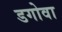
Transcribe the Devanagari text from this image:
डगोवा